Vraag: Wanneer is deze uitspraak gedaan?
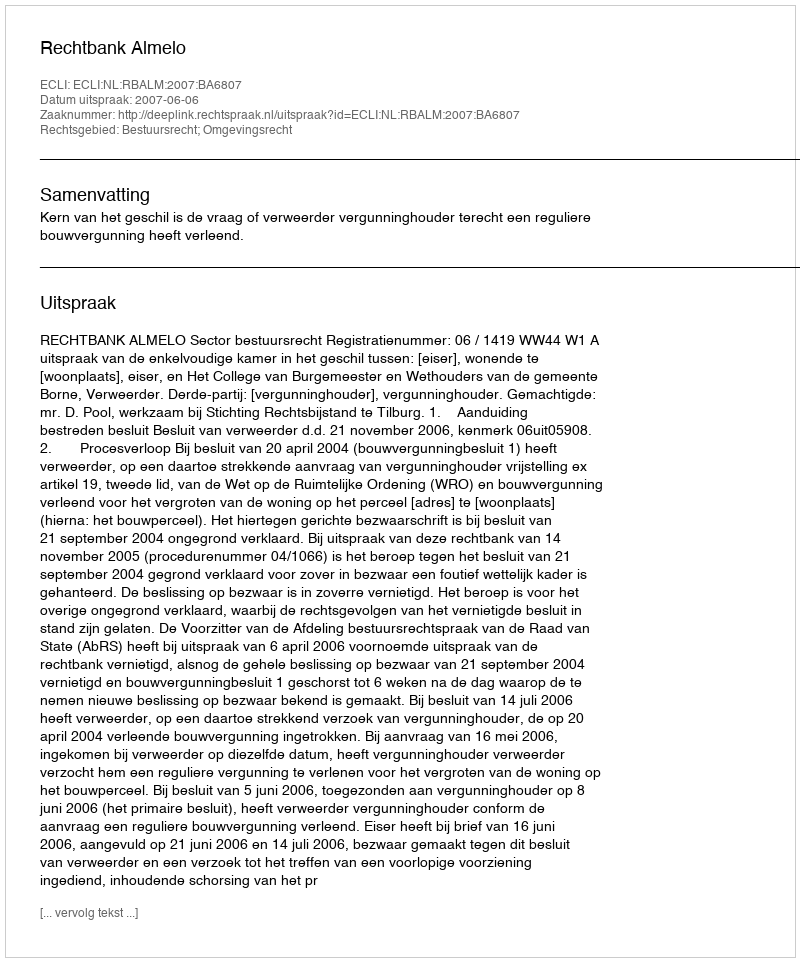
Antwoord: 2007-06-06